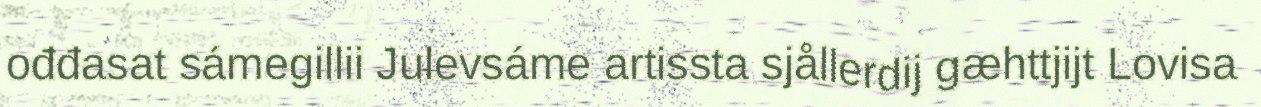
ođđasat sámegillii Julevsáme artissta sjållerdij gæhttjijt Lovisa